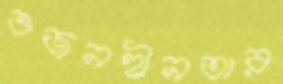
ওজনহীনতার